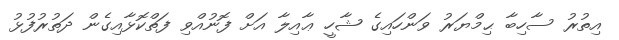
އިތުރު ސާހިބާ ޙިމްޔަރު ވަންހައިގެ ޝާހީ ޢާއިލާ އަށް ފޮނުއްވި ފަތްކޮޅާއިގެން ދަތުރުފުޅު